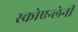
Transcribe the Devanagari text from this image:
स्कोएन्लेनी